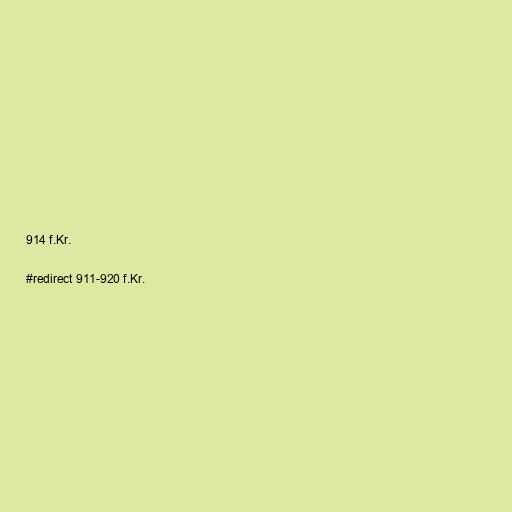
914 f.Kr.

#redirect 911-920 f.Kr.